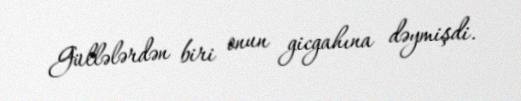
Güllələrdən biri onun gicgahına dəymişdi.